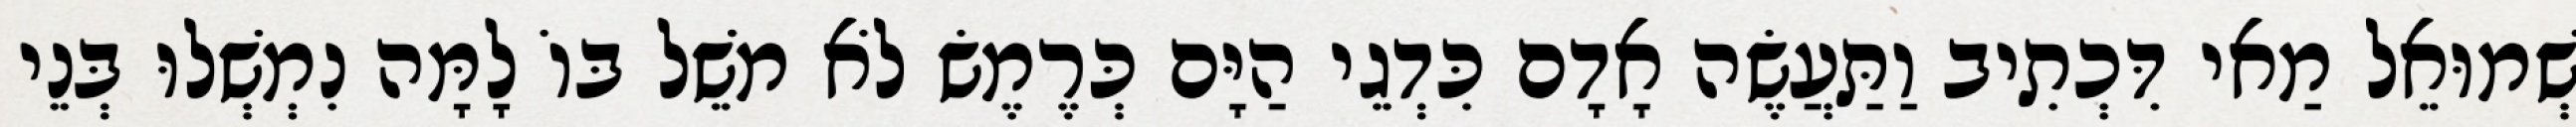
שְׁמוּאֵל מַאי דִּכְתִיב וַתַּעֲשֶׂה אָדָם כִּדְגֵי הַיָּם כְּרֶמֶשׂ לֹא מֹשֵׁל בּוֹ לָמָּה נִמְשְׁלוּ בְּנֵי